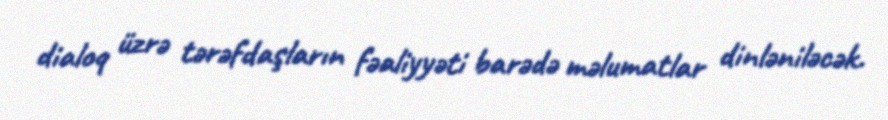
dialoq üzrə tərəfdaşların fəaliyyəti barədə məlumatlar dinləniləcək.